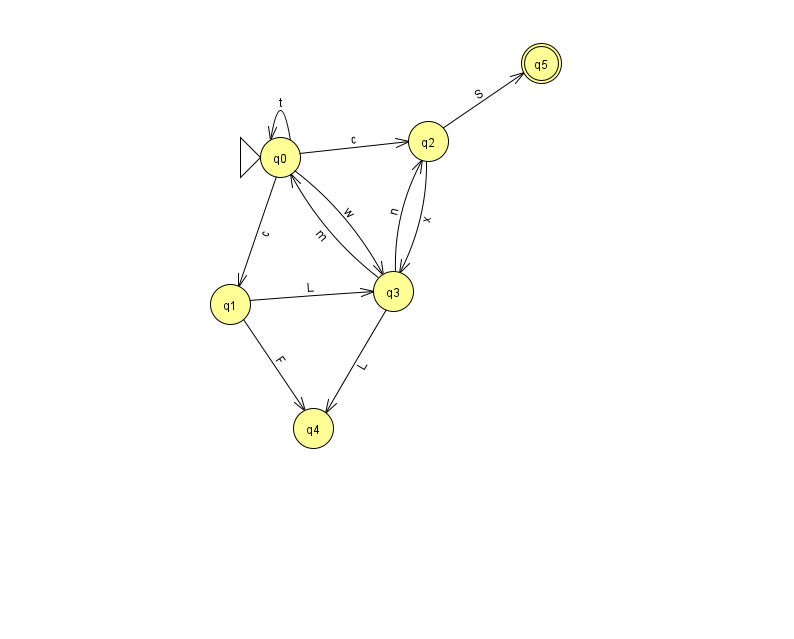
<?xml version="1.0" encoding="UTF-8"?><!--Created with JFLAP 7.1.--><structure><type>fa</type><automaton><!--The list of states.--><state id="0" name="q0"><x>280.0</x><y>144.0</y><initial/></state><state id="1" name="q1"><x>230.0</x><y>291.0</y></state><state id="2" name="q2"><x>428.0</x><y>128.0</y></state><state id="3" name="q3"><x>393.0</x><y>278.0</y></state><state id="4" name="q4"><x>313.0</x><y>415.0</y></state><state id="5" name="q5"><x>541.0</x><y>50.0</y><final/></state><!--The list of transitions.--><transition><from>1</from><to>3</to><read>L</read></transition><transition><from>1</from><to>4</to><read>F</read></transition><transition><from>0</from><to>0</to><read>t</read></transition><transition><from>0</from><to>2</to><read>c</read></transition><transition><from>3</from><to>4</to><read>L</read></transition><transition><from>0</from><to>3</to><read>w</read></transition><transition><from>3</from><to>2</to><read>n</read></transition><transition><from>3</from><to>0</to><read>m</read></transition><transition><from>2</from><to>5</to><read>S</read></transition><transition><from>0</from><to>1</to><read>c</read></transition><transition><from>2</from><to>3</to><read>x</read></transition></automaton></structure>